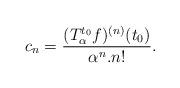
LaTeX: \begin{align*}c_n= \frac{(T_\alpha ^{t_0}f)^{(n)}(t_0)} {\alpha^n .n!}.\end{align*}